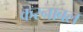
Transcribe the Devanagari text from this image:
करनाबल